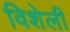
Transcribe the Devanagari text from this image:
विशेली